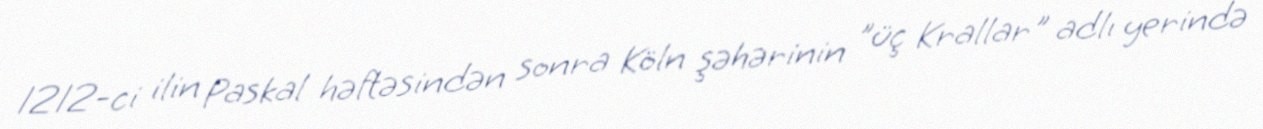
1212-ci ilin Paskal həftəsindən sonra Köln şəhərinin "üç Krallar" adlı yerində